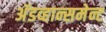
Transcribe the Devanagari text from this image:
अॅडव्हान्समेन्ट